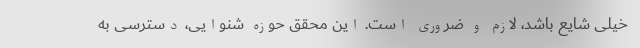
خیلی شایع باشد، لازم و ضروری است. این محقق حوزه شنوایی، دسترسی به